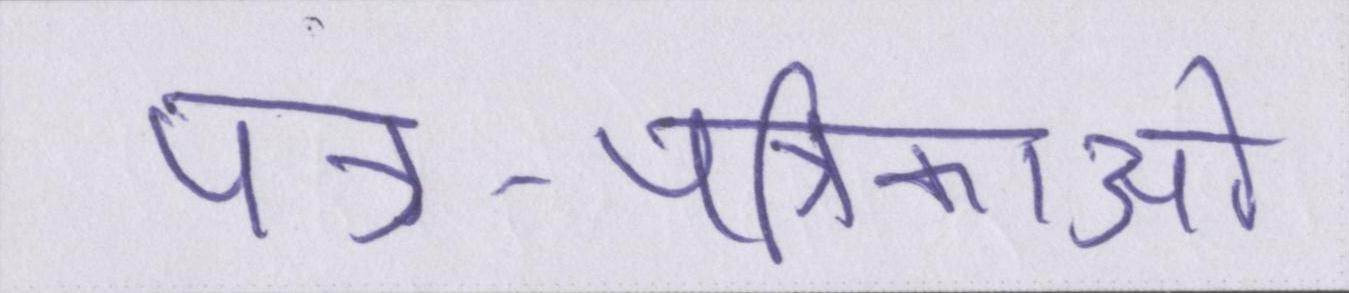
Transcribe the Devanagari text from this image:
पत्र-पत्रिकाओं